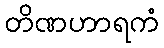
တိဏဟာရကံ